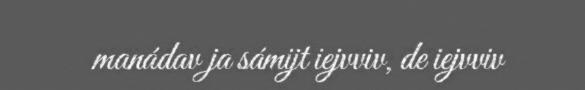
manádav ja sámijt iejvviv, de iejvviv